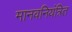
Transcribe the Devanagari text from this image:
मानवनियंत्रित